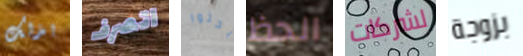
بذلك اتصرف بحثوا الحظ لشركات بزوجة